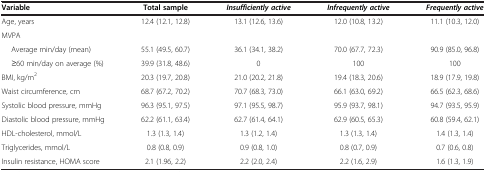
<table><thead><tr><td><b>Variable</b></td><td><b>Total sample</b></td><td><b><i>Insufficiently active</i></b></td><td><b><i>Infrequently active</i></b></td><td><b><i>Frequently active</i></b></td></tr></thead><tbody><tr><td>Age, years</td><td>12.4 (12.1, 12.8)</td><td>13.1 (12.6, 13.6)</td><td>12.0 (10.8, 13.2)</td><td>11.1 (10.3, 12.0)</td></tr><tr><td>MVPA</td><td> </td><td> </td><td> </td><td> </td></tr><tr><td>Average min/day (mean)</td><td>55.1 (49.5, 60.7)</td><td>36.1 (34.1, 38.2)</td><td>70.0 (67.7, 72.3)</td><td>90.9 (85.0, 96.8)</td></tr><tr><td>≥60 min/day on average (%)</td><td>39.9 (31.8, 48.6)</td><td>0</td><td>100</td><td>100</td></tr><tr><td>BMI, kg/m<sup>2</sup></td><td>20.3 (19.7, 20.8)</td><td>21.0 (20.2, 21.8)</td><td>19.4 (18.3, 20.6)</td><td>18.9 (17.9, 19.8)</td></tr><tr><td>Waist circumference, cm</td><td>68.7 (67.2, 70.2)</td><td>70.7 (68.3, 73.0)</td><td>66.1 (63.0, 69.2)</td><td>66.5 (62.3, 68.6)</td></tr><tr><td>Systolic blood pressure, mmHg</td><td>96.3 (95.1, 97.5)</td><td>97.1 (95.5, 98.7)</td><td>95.9 (93.7, 98.1)</td><td>94.7 (93.5, 95.9)</td></tr><tr><td>Diastolic blood pressure, mmHg</td><td>62.2 (61.1, 63.4)</td><td>62.7 (61.4, 64.1)</td><td>62.9 (60.5, 65.3)</td><td>60.8 (59.4, 62.1)</td></tr><tr><td>HDL-cholesterol, mmol/L</td><td>1.3 (1.3, 1.4)</td><td>1.3 (1.2, 1.4)</td><td>1.3 (1.3, 1.4)</td><td>1.4 (1.3, 1.4)</td></tr><tr><td>Triglycerides, mmol/L</td><td>0.8 (0.8, 0.9)</td><td>0.9 (0.8, 1.0)</td><td>0.8 (0.7, 0.9)</td><td>0.7 (0.6, 0.8)</td></tr><tr><td>Insulin resistance, HOMA score</td><td>2.1 (1.96, 2.2)</td><td>2.2 (2.0, 2.4)</td><td>2.2 (1.6, 2.9)</td><td>1.6 (1.3, 1.9)</td></tr></tbody></table>